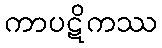
ကာပဋိကဿ